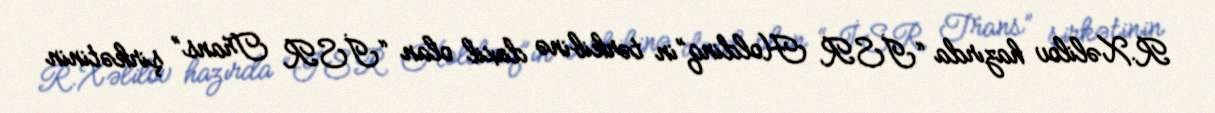
R.Xəlilov hazırda “İSR Holdinq”in tərkibinə daxil olan “İSR Trans” şirkətinin